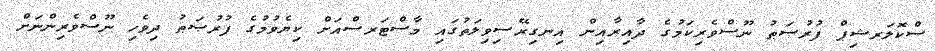
ސްކޮލަރޝިޕް ފުރުޞަޠު ނޫސްވެރިކަމުގެ ދާއިރާއިން އިނގިރޭސިވިލަތުގައި މާސްޓަރސްއަށް ކިޔެވުމުގެ ފުރުޞަޠު ދިވެހި ނޫސްވެރިންނަށް